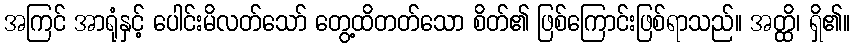
အကြင် အာရုံနှင့် ပေါင်းမိလတ်သော် တွေ့ထိတတ်သော စိတ်၏ ဖြစ်ကြောင်းဖြစ်ရာသည်။ အတ္ထိ၊ ရှိ၏။